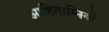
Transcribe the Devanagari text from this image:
आहिताग्नियों